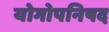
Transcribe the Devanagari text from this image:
योगोपनिषद